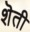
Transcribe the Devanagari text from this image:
शॆती